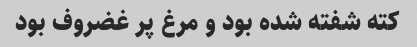
کته شفته شده بود و مرغ پر غضروف بود